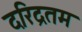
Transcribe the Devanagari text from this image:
दरिद्रतम